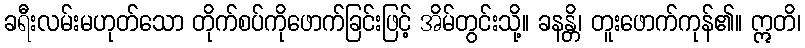
ခရီးလမ်းမဟုတ်သော တိုက်စပ်ကိုဖောက်ခြင်းဖြင့် အိမ်တွင်းသို့။ ခနန္တိ၊ တူးဖောက်ကုန်၏။ ဣတိ၊